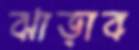
ঝাড়াব